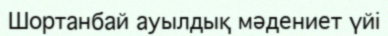
Шортанбай ауылдық мәдениет үйі